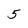
Character: 5